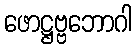
ဖောဋ္ဌဗ္ဗဘောဂါ